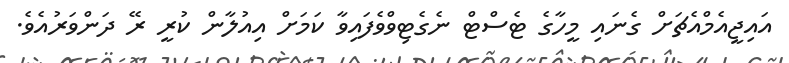
އައިޖީއެމްއެޗަށް ގެނައި މީހާގެ ޓެސްޓް ނެގެޓިވްވެފައިވާ ކަމަށް އިއުލާން ކުރީ ރޭ ދަންވަރުއެވެ.